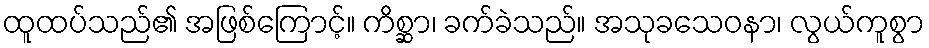
ထူထပ်သည်၏ အဖြစ်ကြောင့်။ ကိစ္ဆာ၊ ခက်ခဲသည်။ အသုခသေဝနာ၊ လွယ်ကူစွာ